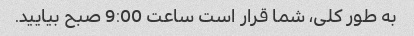
به طور کلی، شما قرار است ساعت 9:00 صبح بیایید.